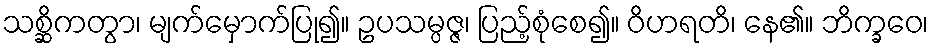
သစ္ဆိကတွာ၊ မျက်မှောက်ပြု၍။ ဥပသမ္ပဇ္ဇ၊ ပြည့်စုံစေ၍။ ဝိဟရတိ၊ နေ၏။ ဘိက္ခဝေ၊